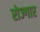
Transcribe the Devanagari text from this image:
रोज्गार